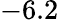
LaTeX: -6.2